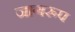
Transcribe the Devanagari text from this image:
जागरूप